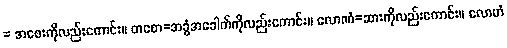
= အစေးကိုလည်းကောင်း။ တစော=အခွံအခေါက်ကိုလည်းကောင်း။ လောဏံ=ဆားကိုလည်းကောင်း။ လောဟံ